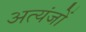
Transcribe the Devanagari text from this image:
अत्यंजों